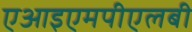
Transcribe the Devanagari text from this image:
एआइएमपीएलबी